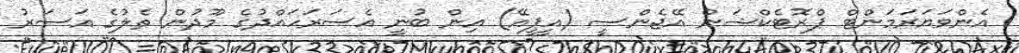
އެންވަޔަރަމަންޓް ޕްރޮޓެކްޝަން އޭޖެންސީ (އީޕީއޭ) އިން ބުނީ އެސަރަހައްދުގެ މޫދުން ތެލުގެ އަސަރު